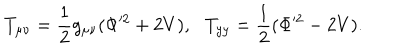
T _ { \mu \nu } = { \frac { 1 } { 2 } } g _ { \mu \nu } ( \Phi ^ { 2 } + 2 V ) , \, \ \ T _ { y y } = { \frac { 1 } { 2 } } ( \Phi ^ { 2 } - 2 V ) .